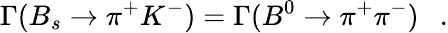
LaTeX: \Gamma(B_{s}\to\pi^{+}K^{-})=\Gamma(B^{0}\to\pi^{+}\pi^{-})~~~.